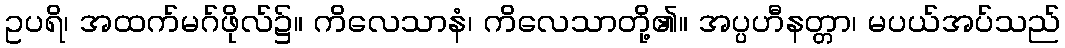
ဥပရိ၊ အထက်မဂ်ဖိုလ်၌။ ကိလေသာနံ၊ ကိလေသာတို့၏။ အပ္ပဟီနတ္တာ၊ မပယ်အပ်သည်